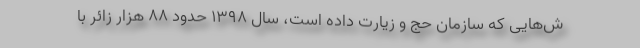
ش‌هایی که سازمان حج و زیارت داده است، سال ۱۳۹۸ حدود ۸۸ هزار زائر با